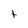
Character: t